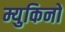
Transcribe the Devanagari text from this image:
म्युकिनो